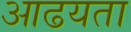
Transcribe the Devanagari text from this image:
आढयता